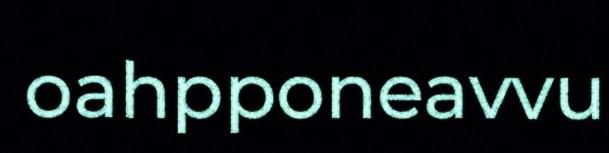
oahpponeavvu